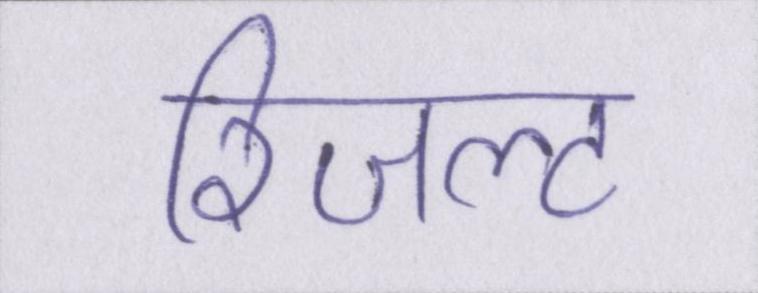
रिजल्ट